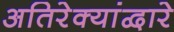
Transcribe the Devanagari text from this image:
अतिरेक्यांद्वारे